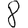
Digit: 8